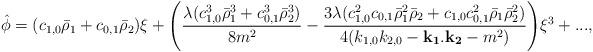
LaTeX: \begin{align*}\hat{\phi}=(c_{1,0} \bar{\rho}_1+c_{0,1} \bar{\rho}_2)\xi+\Biggl({\lambda(c_{1,0}^3\bar{\rho}_1^3+c_{0,1}^3\bar{\rho}_2^3)\over 8m^2} - {3\lambda(c_{1,0}^2c_{0,1}\bar{\rho}_1^2\bar{\rho}_2+c_{1,0}c_{0,1}^2\bar{\rho}_1\bar{\rho}_2^2)\over 4(k_{1,0}k_{2,0}-{\bf k_1}.{\bf k_2}-m^2)}\Biggr)\xi^3+...,\end{align*}